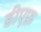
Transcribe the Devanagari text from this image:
डीएफ़